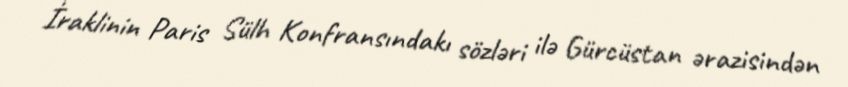
İraklinin Paris Sülh Konfransındakı sözləri ilə Gürcüstan ərazisindən